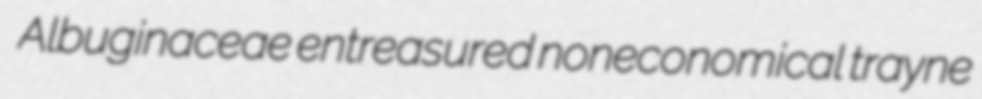
Albuginaceae entreasured noneconomical trayne